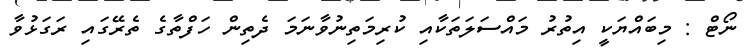
ނޯޓް : މިބައްޔަކީ އިތުރު މައްސަލަތަކާއި ކުރިމަތިނުވާނަމަ ދެތިން ހަފްތާގެ ތެރޭގައި ރަގަޅުވާ